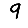
Digit: 9